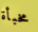
مخبأة